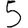
Digit: 5